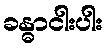
ခန္ဓာငါးပါး